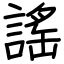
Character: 謠